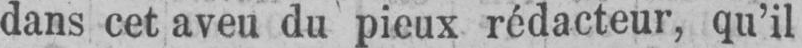
dans cet aveu du pieux rédacteur, qu’il